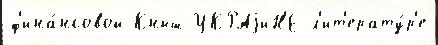
ф'ина́нсовой Кныш УКРАjиН'Е л'ит'ерату́р'е